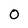
Character: 0